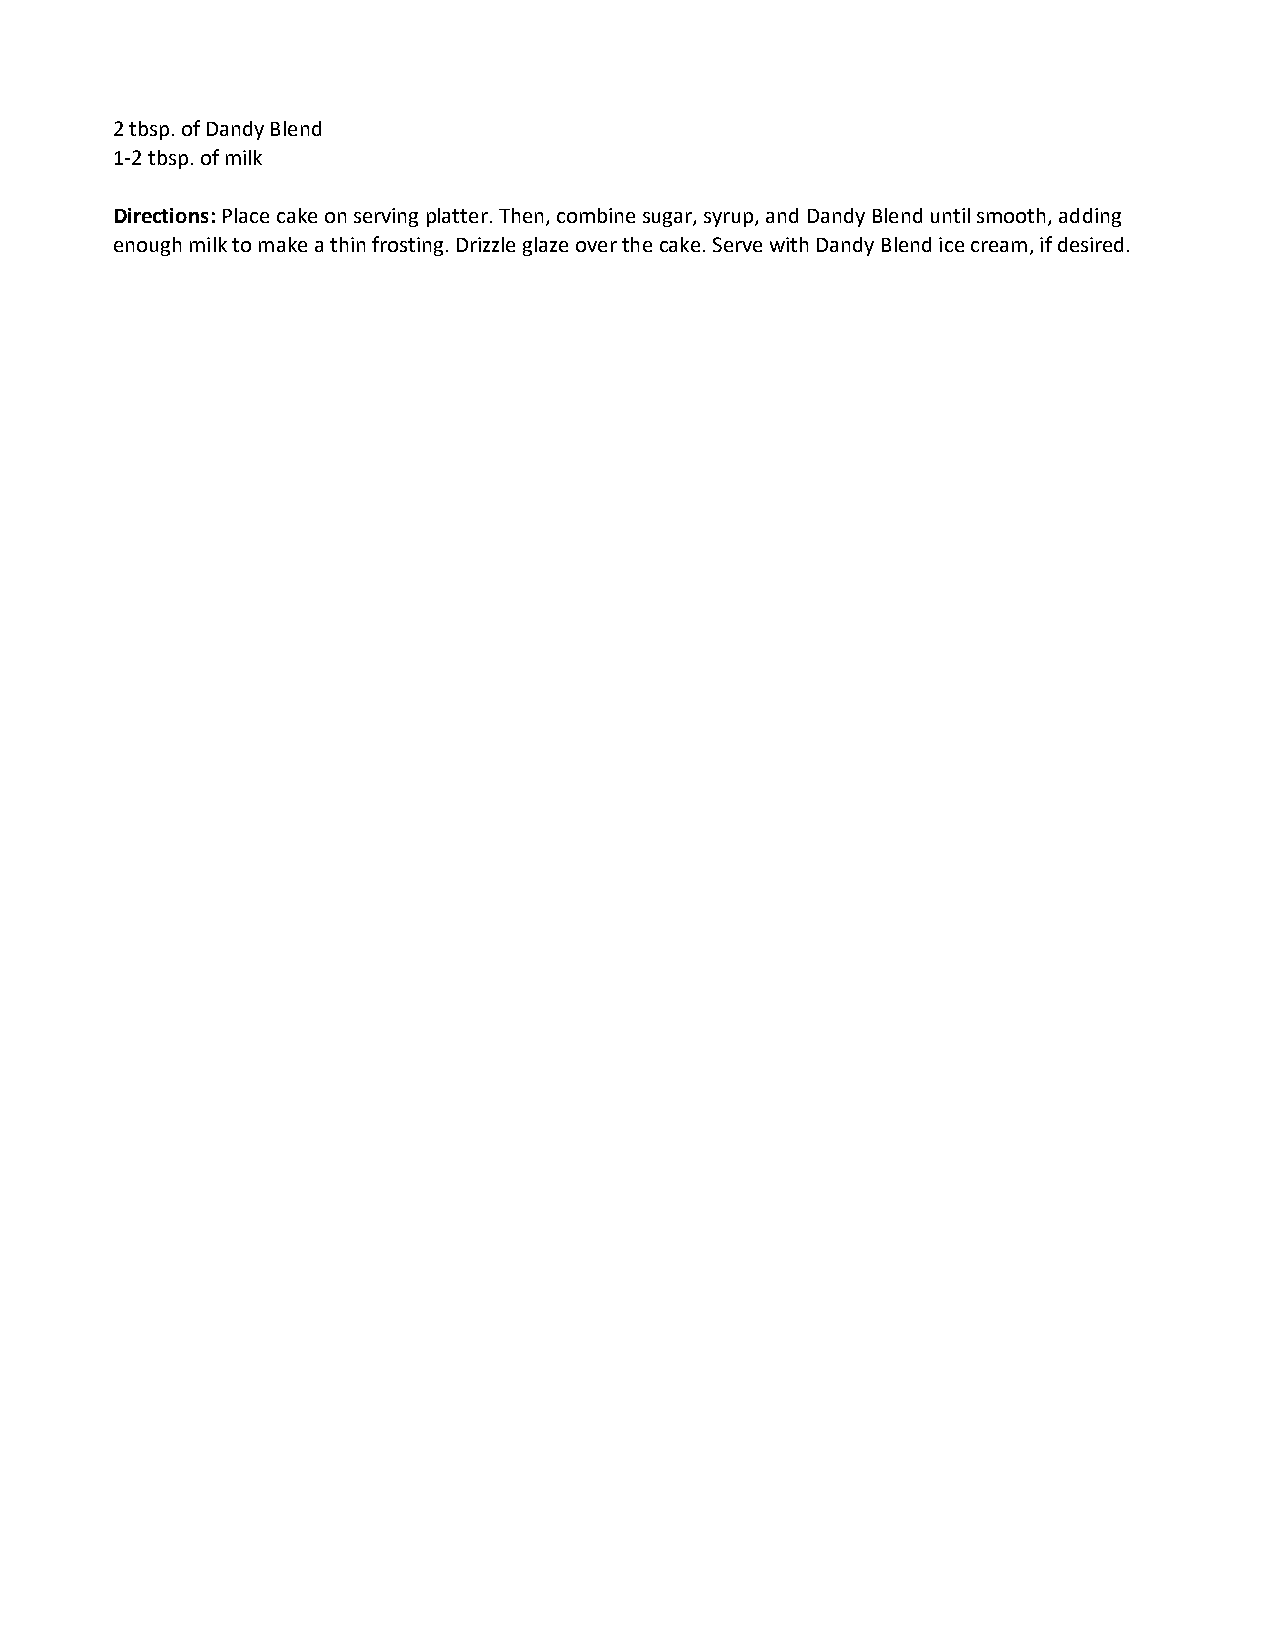
2 tbsp. of Dandy Blend
 1-2 tbsp. of milk
 Directions: Place cake on serving platter. Then, combine sugar, syrup, and Dandy Blend until smooth, adding
 enough milk to make a thin frosting. Drizzle glaze over the cake. Serve with Dandy Blend ice cream, if desired.